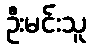
ဦးမင်းသူ